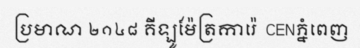
ប្រមាណ ២១៤៨ គីឡូម៉ែត្រការ៉េ  CENភ្នំពេញ